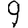
Digit: 9